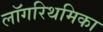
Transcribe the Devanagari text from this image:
लॉगरिथमिका